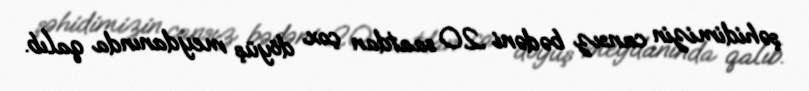
şəhidimizin cansız bədəni 20 saatdan çox döyüş meydanında qalıb.